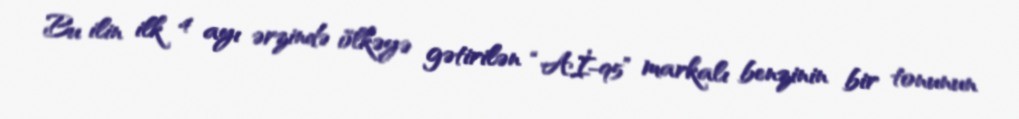
Bu ilin ilk 4 ayı ərzində ölkəyə gətirilən “Aİ-95” markalı benzinin bir tonunun